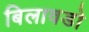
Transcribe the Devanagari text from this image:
बिलावडो